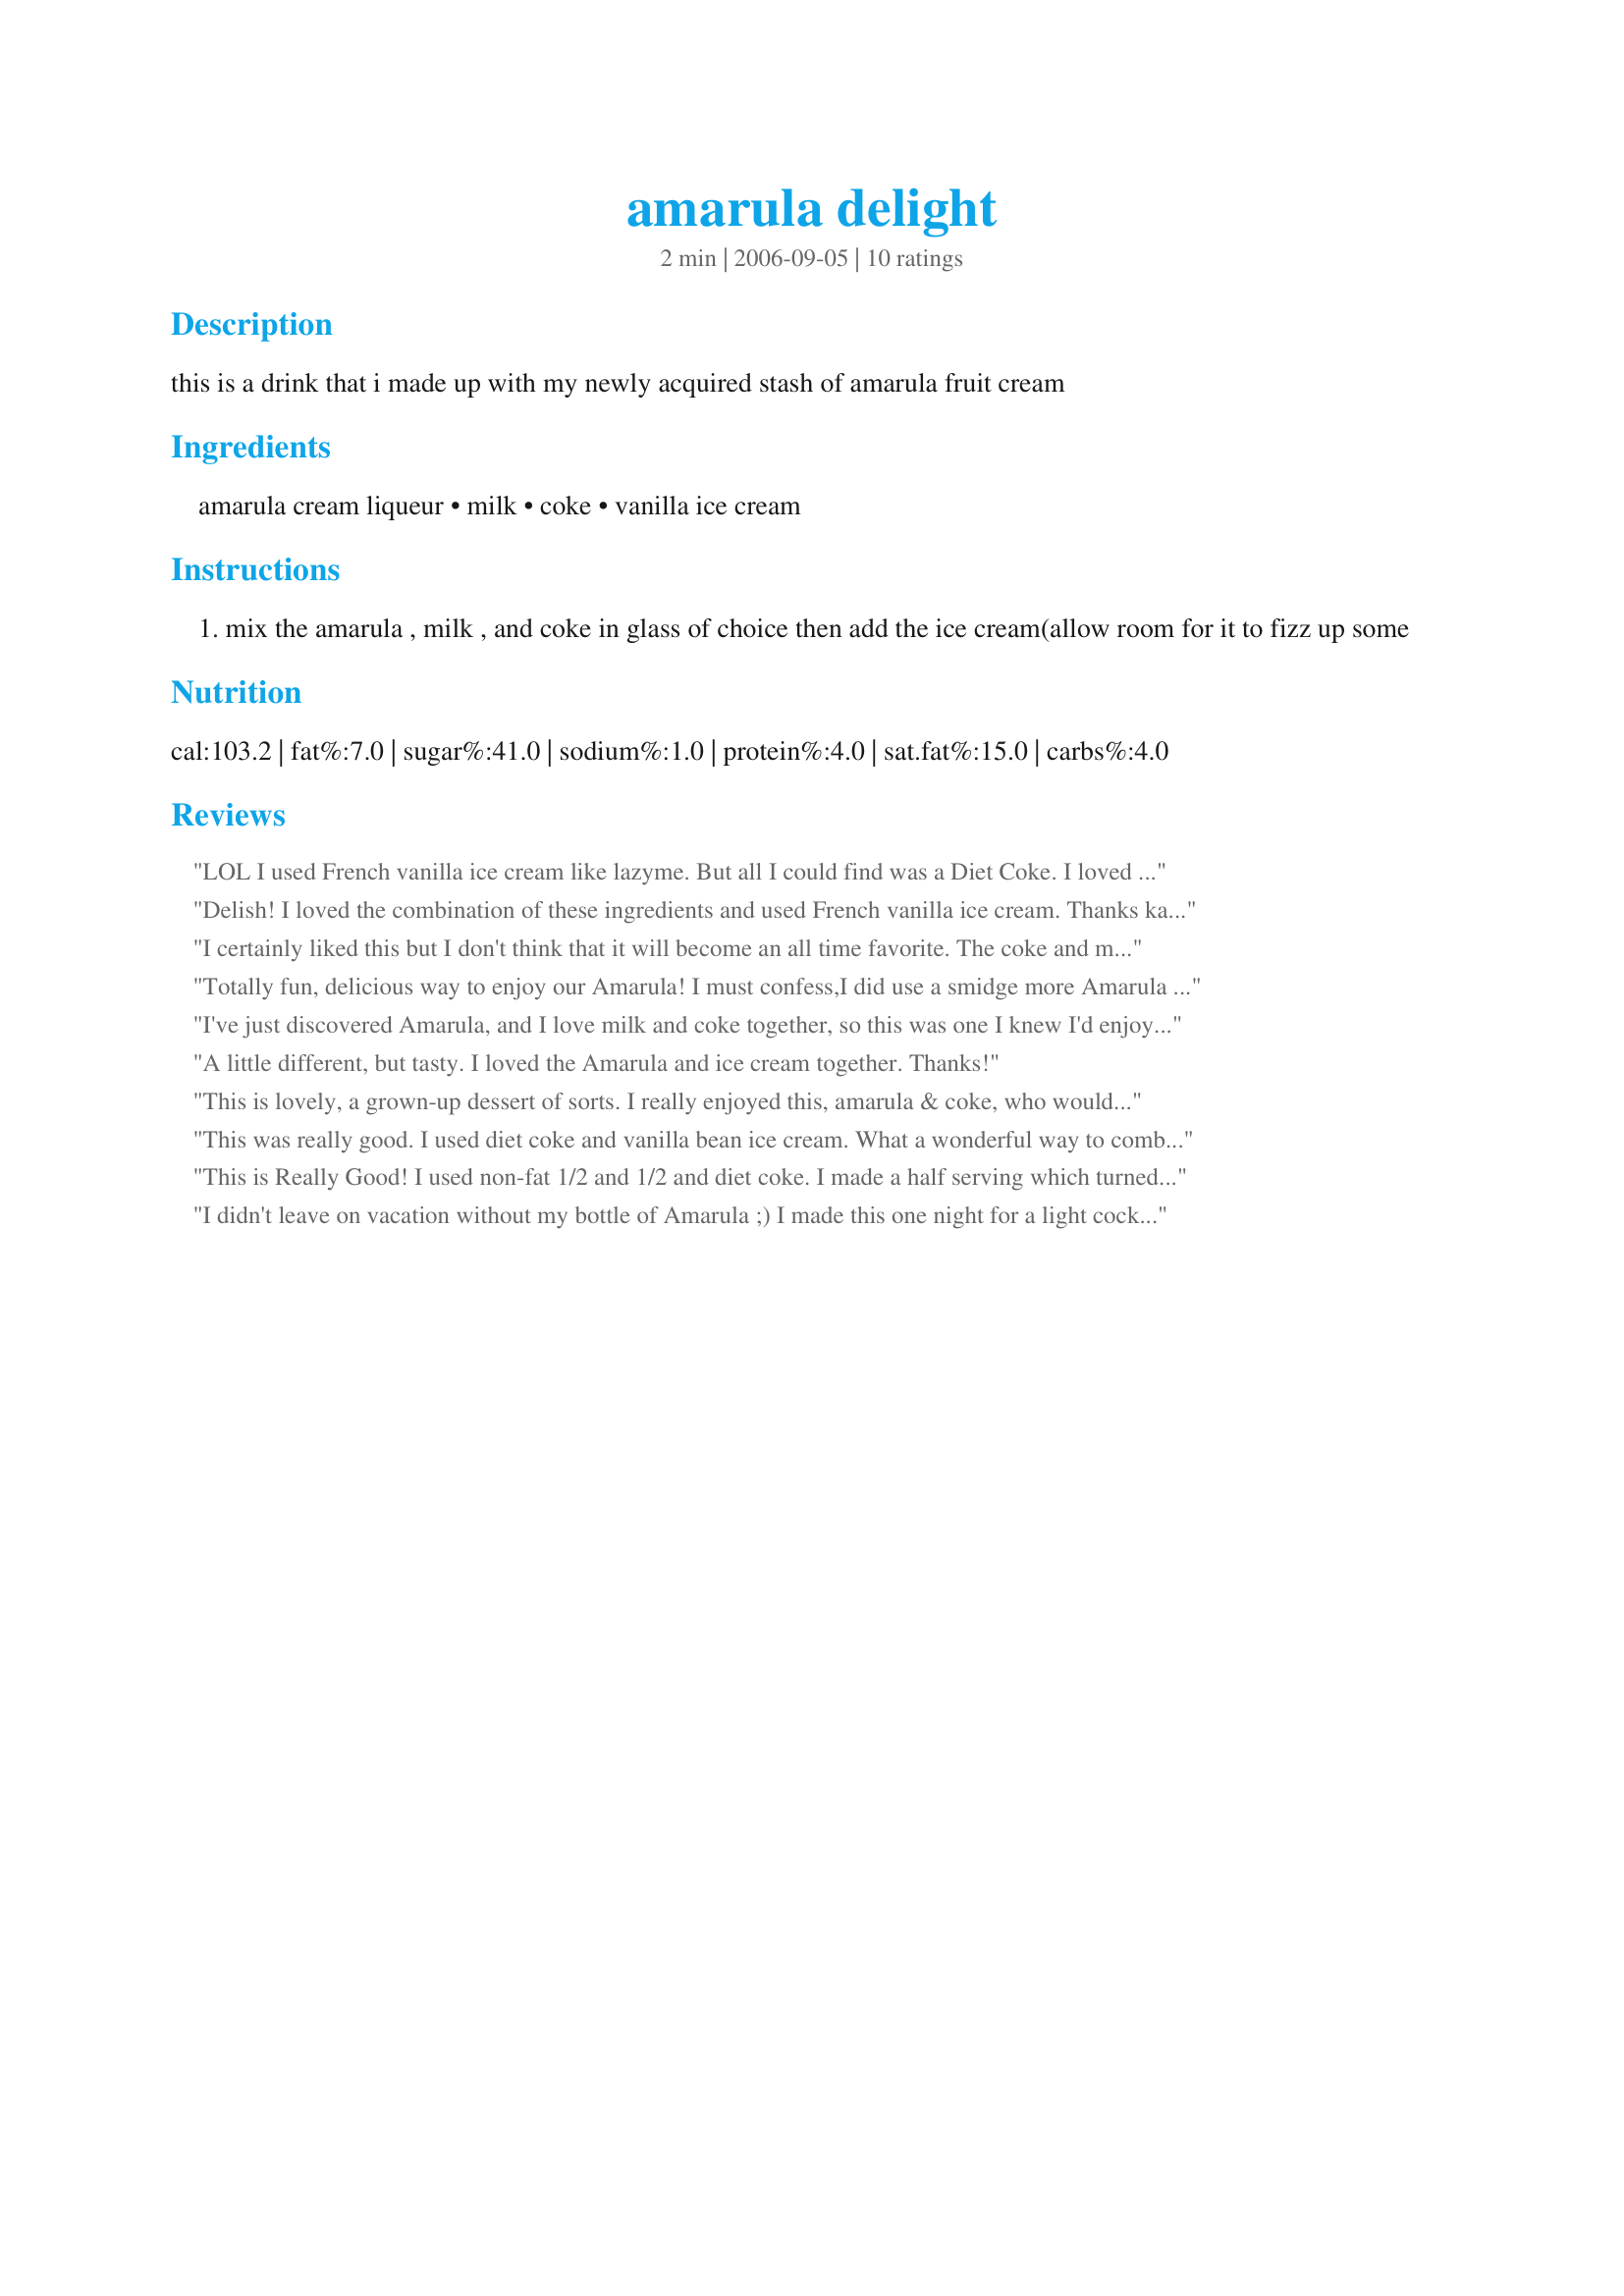
amarula delight
Preparation time: 2 minutes

this is a drink that i made up with my newly acquired stash of amarula fruit cream

Ingredients:
amarula cream liqueur, milk, coke, vanilla ice cream

Steps:
mix the amarula , milk , and coke in glass of choice then add the ice cream(allow room for it to fizz up some

Reviews:
LOL I used French vanilla ice cream like lazyme. But all I could find was a Diet Coke. I loved this drink you did a good job on making up this drink karenbear. I made this for ZWT III 2007 - Zingo
Delish! I loved the combination of these ingredients and used French vanilla ice cream. Thanks karenbear for a fun drink!
I certainly liked this but I don't think that it will become an all time favorite. The coke and milk mix didn't become perfect bliss for me (personal taste, clearly). That said how can anything with Amarula and ice cream be bad? Made for ZWTIII.
Totally fun, delicious way to enjoy our Amarula! I must confess,I did use a smidge more Amarula as I reallylike the flavor, and I used vanilla bean ice cream. Thanks for a great recipe! ZWT# Zingo recipe!
I've just discovered Amarula, and I love milk and coke together, so this was one I knew I'd enjoy! thanks karenbear!
A little different, but tasty. I loved the Amarula and ice cream together. Thanks!
This is lovely, a grown-up dessert of sorts. I really enjoyed this, amarula & coke, who would have thought? Made for ZWT 4.
This was really good. I used diet coke and vanilla bean ice cream. What a wonderful way to combine Amarula and ice cream. Thanks for sharing.
This is Really Good! I used non-fat 1/2 and 1/2 and diet coke. I made a half serving which turned out to be too little :( Next time I'm making the the 2 servings and drinking the whole thing by myself! Made for ZWT 4
I didn't leave on vacation without my bottle of Amarula ;) I made this one night for a light cocktail or dessert ;), used Coke Zero and low-fat milk as well as fat-free ice cream....was delish, tasted like a milkshake. Made for ZWT3 Cheers ~V
